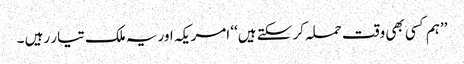
’’ہم کسی بھی وقت حملہ کر سکتے ہیں‘‘ امریکہ اور یہ ملک تیار رہیں ۔